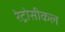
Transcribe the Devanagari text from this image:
रेट्रोसीकल